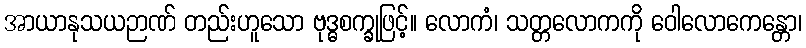
အာယာနုသယဉာဏ် တည်းဟူသော ဗုဒ္ဓစက္ခုဖြင့်။ လောကံ၊ သတ္တလောကကို ဝေါလောကေန္တော၊